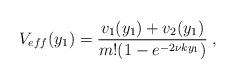
LaTeX: \begin{align*}V_{eff}(y_1) = \frac{v_1(y_1) + v_2(y_1)}{m ! (1 - e^{- 2 \nu k y_1})} \; ,\end{align*}